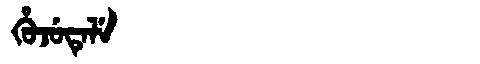
Manchu: ᡥᡠᠵᡠᡨᡝᠯᡝ
Romanization: HUJUTELE